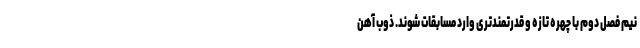
نیم فصل دوم با چهره تازه‌ و قدرتمندتری وارد مسابقات شوند. ذوب آهن